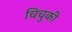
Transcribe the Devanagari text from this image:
चिचुकी